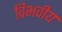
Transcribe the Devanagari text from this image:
विभवीय